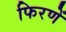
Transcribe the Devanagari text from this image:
फिरणें